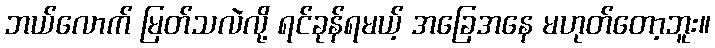
ဘယ်လောက် မြတ်သလဲလို့ ရင်ခုန်ရမယ့် အခြေအနေ မဟုတ်တော့ဘူး။